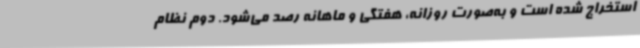
استخراج شده است و به‌صورت روزانه، هفتگی و ماهانه رصد می‌شود. دوم نظام